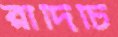
রাদিচি